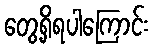
တွေ့ရှိရပါကြောင်း